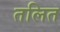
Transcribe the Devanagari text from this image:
तलित